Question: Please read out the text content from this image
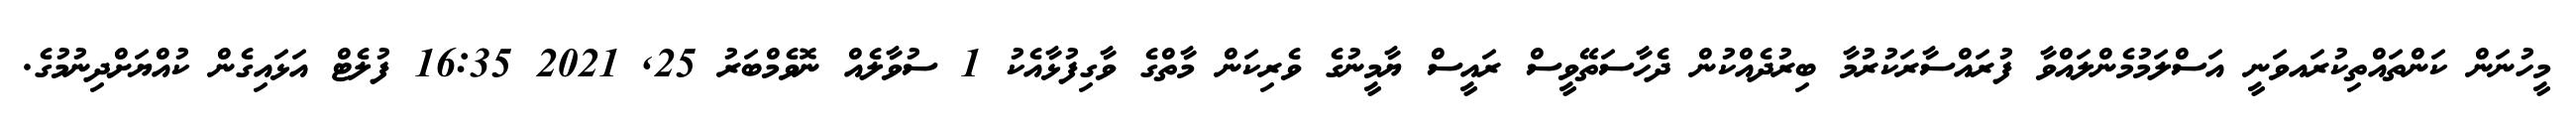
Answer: މީހުނަން ކަންތައްތިކުރައވަނީ އަސްލަމުމެންލައްވާ ފުރައްސާރަކުރުމާ ބިރުދެއްކުން ދެހާސަތޭވީސް ރައީސް ޔާމީނުގެ ވެރިކަން މާތްގެ ވާގިފުޅާއެކު 1 ސުވާލެއް ނޮވެމްބަރު 25, 2021 16:35 ފުލެޓް އަޅައިގެން ކުއްޔަށްދިނުމުގެ.